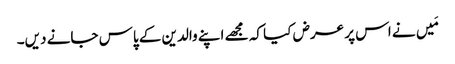
مَیں نے اس پر عرض کیا کہ مجھے اپنے والدین کے پاس جانے دیں۔